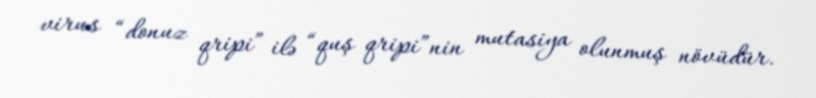
virus “donuz qripi” ilə “quş qripi”nin mutasiya olunmuş növüdür.